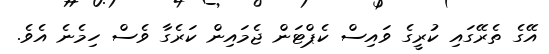
އޭގެ ތެރޭގައި ކުރީގެ ވައިސް ކެޕްޓަން ޖެމައިން ކަރެގާ ވެސް ހިމެނެ އެވެ.